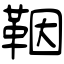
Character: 鞇